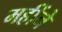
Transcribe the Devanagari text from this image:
महींने